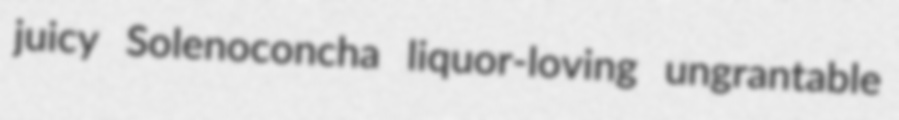
juicy Solenoconcha liquor-loving ungrantable